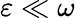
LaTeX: \varepsilon\ll\omega